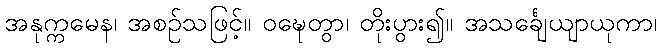
အနုက္ကမေန၊ အစဉ်သဖြင့်။ ဝဍ္ဎေတွာ၊ တိုးပွား၍။ အသင်္ချေယျာယုကာ၊